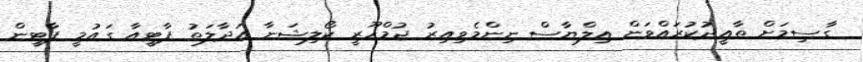
ގާސިމަށް ތާއީދުކުރައްވަން އިލްޔާސް ނިންމެވިއިރު ޖުމްހޫރީ ކޯލިޝަނާ އަދާލަތު ޕާޓީއާ ގައުމީ ޕާޓީން